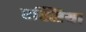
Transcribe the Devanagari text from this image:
रस्सिया